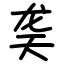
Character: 䶮